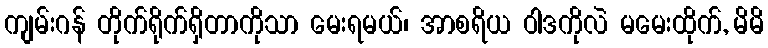
ကျမ်းဂန် တိုက်ရိုက်ရှိတာကိုသာ မေးရမယ်၊ အာစရိယ ဝါဒကိုလဲ မမေးထိုက်, မိမိ